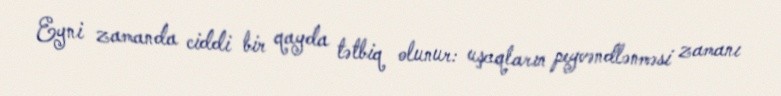
Eyni zamanda ciddi bir qayda tətbiq olunur: uşaqların peyvəndlənməsi zamanı